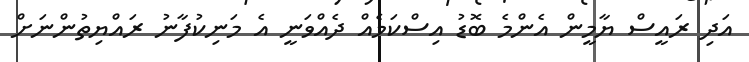
އަދި ރައީސް ޔާމީން އެންމެ ބޮޑު އިސްކަމެއް ދެއްވަނީ އެ މަނިކުފާނު ރައްޔިތުންނަށް